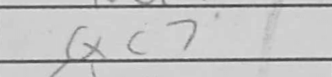
Transcription: Qc7